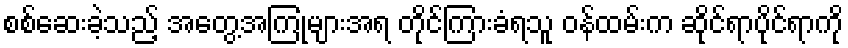
စစ်ဆေးခဲ့သည့် အတွေ့အကြုံများအရ တိုင်ကြားခံရသူ ဝန်ထမ်းက ဆိုင်ရာပိုင်ရာကို